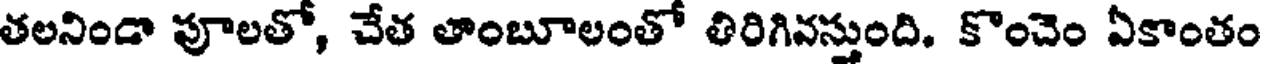
తలనిండా పూలతో, చేత తాంబూలంతో తిరిగివస్తుంది. కొంచెం ఏకాంతం